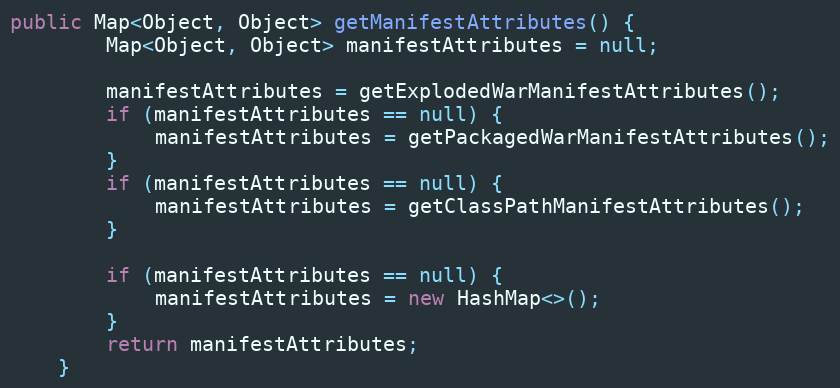
Language: Java
public Map<Object, Object> getManifestAttributes() {
		Map<Object, Object> manifestAttributes = null;

		manifestAttributes = getExplodedWarManifestAttributes();
		if (manifestAttributes == null) {
		    manifestAttributes = getPackagedWarManifestAttributes();
		}
		if (manifestAttributes == null) {
		    manifestAttributes = getClassPathManifestAttributes();
		}

		if (manifestAttributes == null) {
		    manifestAttributes = new HashMap<>();
		}
		return manifestAttributes;
	}